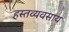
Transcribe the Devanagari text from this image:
हस्तव्यवसाय